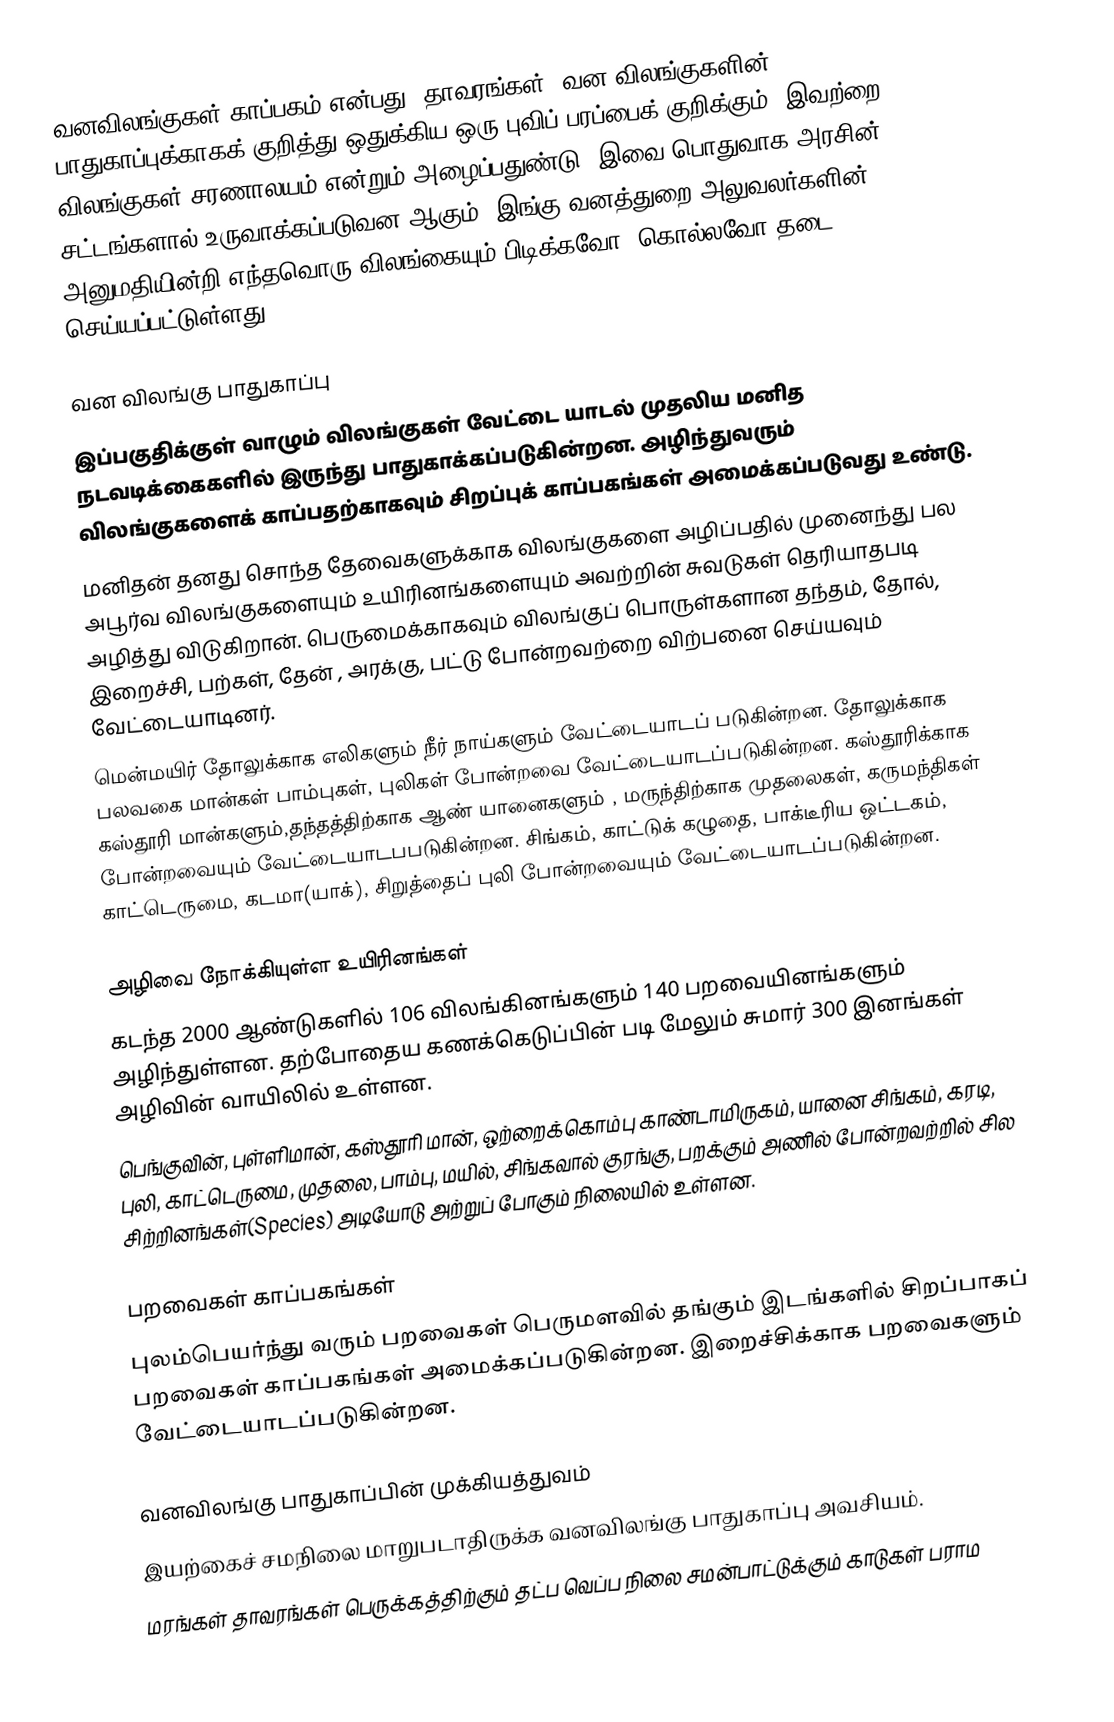
வனவிலங்குகள் காப்பகம் என்பது, தாவரங்கள், வன விலங்குகளின் பாதுகாப்புக்காகக் குறித்து ஒதுக்கிய ஒரு புவிப் பரப்பைக் குறிக்கும். இவற்றை விலங்குகள் சரணாலயம் என்றும் அழைப்பதுண்டு. இவை பொதுவாக அரசின் சட்டங்களால் உருவாக்கப்படுவன ஆகும். இங்கு வனத்துறை அலுவலர்களின்  அனுமதியின்றி எந்தவொரு விலங்கையும் பிடிக்கவோ, கொல்லவோ தடை செய்யப்பட்டுள்ளது.

வன விலங்கு பாதுகாப்பு
இப்பகுதிக்குள் வாழும் விலங்குகள் வேட்டை யாடல் முதலிய மனித நடவடிக்கைகளில் இருந்து பாதுகாக்கப்படுகின்றன. அழிந்துவரும் விலங்குகளைக் காப்பதற்காகவும் சிறப்புக் காப்பகங்கள் அமைக்கப்படுவது உண்டு.
மனிதன் தனது சொந்த தேவைகளுக்காக விலங்குகளை அழிப்பதில் முனைந்து பல அபூர்வ விலங்குகளையும் உயிரினங்களையும் அவற்றின் சுவடுகள் தெரியாதபடி அழித்து விடுகிறான். பெருமைக்காகவும் விலங்குப் பொருள்களான தந்தம், தோல், இறைச்சி, பற்கள், தேன் , அரக்கு, பட்டு போன்றவற்றை விற்பனை செய்யவும் வேட்டையாடினர்.
மென்மயிர் தோலுக்காக எலிகளும் நீர் நாய்களும் வேட்டையாடப் படுகின்றன. தோலுக்காக பலவகை மான்கள் பாம்புகள், புலிகள் போன்றவை வேட்டையாடப்படுகின்றன. கஸ்தூரிக்காக கஸ்தூரி மான்களும்,தந்தத்திற்காக ஆண் யானைகளும் , மருந்திற்காக முதலைகள், கருமந்திகள் போன்றவையும் வேட்டையாடபபடுகின்றன. சிங்கம், காட்டுக் கழுதை, பாக்டீரிய ஒட்டகம், காட்டெருமை, கடமா(யாக்), சிறுத்தைப் புலி போன்றவையும் வேட்டையாடப்படுகின்றன.

அழிவை நோக்கியுள்ள உயிரினங்கள்
கடந்த 2000 ஆண்டுகளில் 106 விலங்கினங்களும் 140 பறவையினங்களும் அழிந்துள்ளன. தற்போதைய கணக்கெடுப்பின் படி மேலும் சுமார் 300 இனங்கள் அழிவின் வாயிலில் உள்ளன.
பெங்குவின், புள்ளிமான், கஸ்தூரி மான், ஒற்றைக்கொம்பு காண்டாமிருகம், யானை சிங்கம், கரடி, புலி, காட்டெருமை, முதலை, பாம்பு, மயில், சிங்கவால் குரங்கு, பறக்கும் அணில் போன்றவற்றில் சில சிற்றினங்கள்(Species)  அடியோடு அற்றுப் போகும் நிலையில் உள்ளன.

பறவைகள் காப்பகங்கள்
புலம்பெயர்ந்து வரும் பறவைகள் பெருமளவில் தங்கும் இடங்களில் சிறப்பாகப் பறவைகள் காப்பகங்கள் அமைக்கப்படுகின்றன. இறைச்சிக்காக பறவைகளும் வேட்டையாடப்படுகின்றன.

வனவிலங்கு பாதுகாப்பின் முக்கியத்துவம்
 இயற்கைச் சமநிலை மாறுபடாதிருக்க வனவிலங்கு பாதுகாப்பு அவசியம்.
 மரங்கள் தாவரங்கள் பெருக்கத்திற்கும் தட்ப வெப்ப நிலை சமன்பாட்டுக்கும் காடுகள் பராம